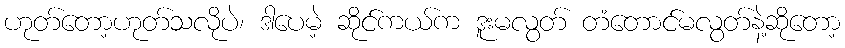
ဟုတ်တော့ဟုတ်သလိုပဲ၊ ဒါပေမဲ့ ဆိုင်ကယ်က ဒူးမလွတ် တံတောင်မလွတ်နဲ့ဆိုတော့